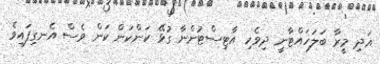
އަދި މީރާ ބަލަހައްޓާނީ ދިވެހި އާޓިސްޓުންނާ ގުޅޭ ކަންކަން ކަން ވެސް އެނގިފައިވެ